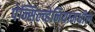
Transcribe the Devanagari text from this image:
पेन्सिल्व्हेनियामधील